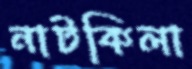
নাটকিলা